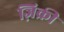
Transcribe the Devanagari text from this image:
ज़िक्री